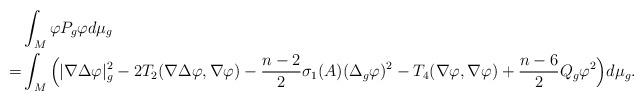
LaTeX: \begin{align*}&\int_M \varphi P_g \varphi d\mu_g\\=&\int_M\Big(|\nabla \Delta \varphi|_g^2-2T_2(\nabla \Delta \varphi,\nabla \varphi)-\frac{n-2}{2}\sigma_1(A)(\Delta_g \varphi)^2-T_4(\nabla \varphi,\nabla \varphi)+\frac{n-6}{2}Q_g \varphi^2\Big) d\mu_g.\end{align*}